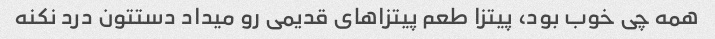
همه چی خوب بود، پیتزا طعم پیتزاهای قدیمی رو میداد دستتون درد نکنه